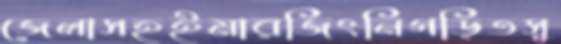
জেলাসহইমারজিংনিগড়িতসু